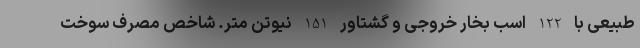
طبیعی با 122 اسب بخار خروجی و گشتاور 151 نیوتن متر. شاخص مصرف سوخت